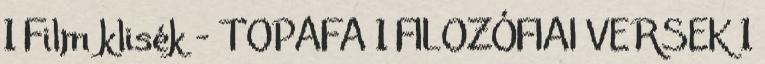
1 Film klisék - TOPAFA 1 FILOZÓFIAI VERSEK 1